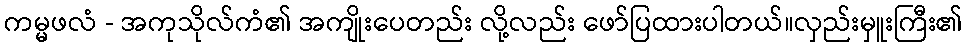
ကမ္မဖလံ - အကုသိုလ်ကံ၏ အကျိုးပေတည်း လို့လည်း ဖော်ပြထားပါတယ်။လှည်းမှူးကြီး၏